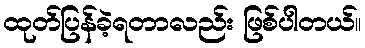
ထုတ်ပြန်ခဲ့ရတာလည်း ဖြစ်ပါတယ်။